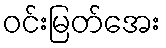
ဝင်းမြတ်အေး